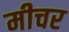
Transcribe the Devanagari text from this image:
मीचर